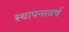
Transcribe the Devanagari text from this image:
स्थापनावर्ष